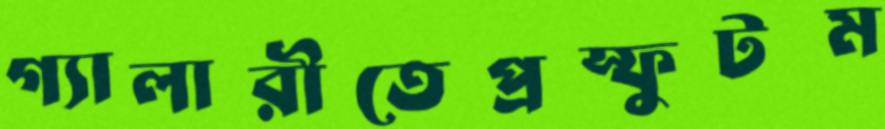
গ্যালারীতেপ্রস্ফুটম